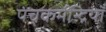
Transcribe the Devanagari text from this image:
पंचकर्मेन्द्रियाँ